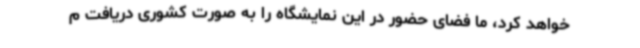
خواهد کرد، ما فضای حضور در این نمایشگاه را به صورت کشوری دریافت م